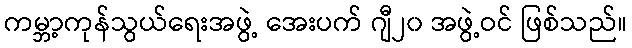
ကမ္ဘာ့ကုန်သွယ်ရေးအဖွဲ့ အေးပက် ဂျီ၂၀ အဖွဲ့ဝင် ဖြစ်သည်။